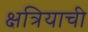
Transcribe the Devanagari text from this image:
क्षत्रियाची